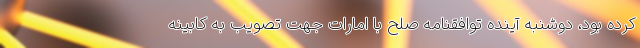
کرده بود، دوشنبه آینده توافقنامه صلح با امارات جهت تصویب به کابینه